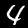
Label: 4